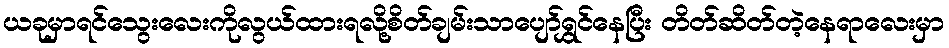
ယခုမှာရင်သွေးလေးကိုလွယ်ထားရလို့စိတ်ချမ်းသာပျော်ရွှင်နေပြီး တိတ်ဆိတ်တဲ့နေရာလေးမှာ